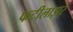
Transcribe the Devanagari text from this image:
फटीलाझर